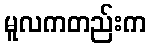
မူလကတည်းက